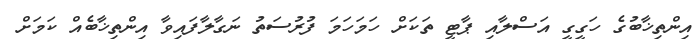
އިންތިޚާބުގެ ހަގީގީ އަސްލާއި ޕާޓީ ތަކަށް ހަމަހަމަ ފުރުސަތު ނަގާލާފައިވާ އިންތިޚާބެއް ކަމަށް